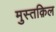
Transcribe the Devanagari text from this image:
मुस्तक़िल